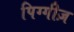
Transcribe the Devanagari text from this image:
पिग्गीज़